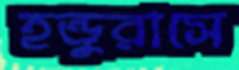
হন্ডুরাসে